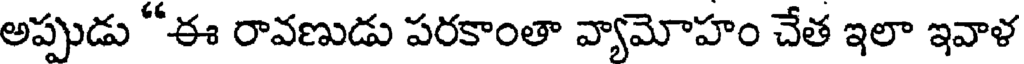
అప్పుడు "ఈ రావణుడు పరకాంతా వ్యామోహం చేత ఇలా ఇవాళ